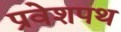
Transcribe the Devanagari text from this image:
प्रवेशपथ